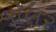
વૉલર